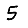
Digit: 5